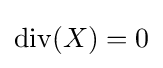
\operatorname {div} (X)=0